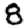
Digit: 8